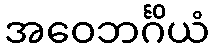
အဝေဘင်္ဂိယံ